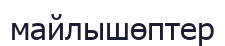
майлышөптер